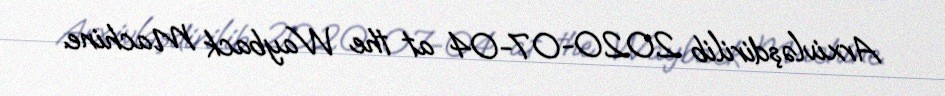
Arxivləşdirilib 2020-07-04 at the Wayback Machine.